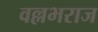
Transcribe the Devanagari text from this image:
वल्लभराज